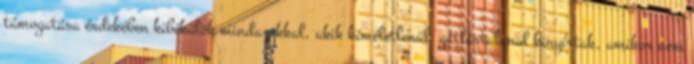
támogatása érdekében ki­bé­külök mindazokkal, akik kíméletlenül gátlástalanul kinyírtak, amikor nem